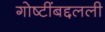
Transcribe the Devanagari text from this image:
गोष्टींबद्दलली